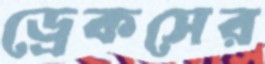
ড্রেকসের